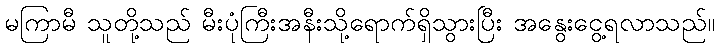
မကြာမီ သူတို့သည် မီးပုံကြီးအနီးသို့ရောက်ရှိသွားပြီး အနွေးငွေ့ရလာသည်။